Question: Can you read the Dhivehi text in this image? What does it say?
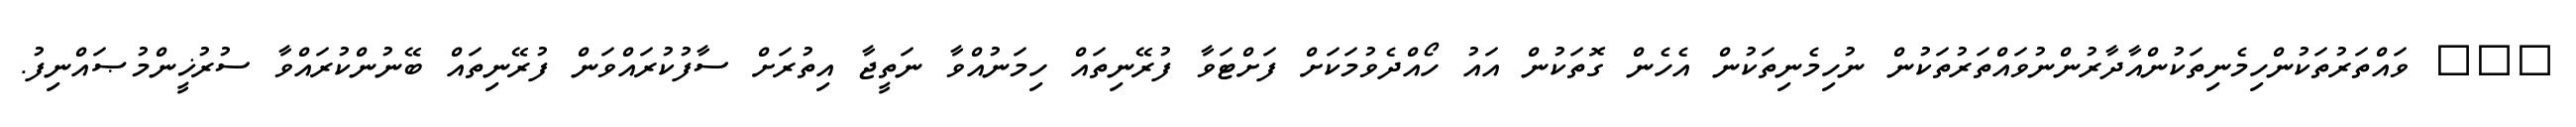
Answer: ??? ވައްތަރުތަކުންހިމެނިތަކުންއާދާރުންނުވައްތަރުތަކުން ނުހިމެނިތަކުން އެހެން ގޮތަކުން އައު ހޯއްދެވުމަކަށް ފަށްޓަވާ ފުރޭނިތައް ހިމަނުއްވާ ނަތީޖާ އިތުރަށް ސާފުކުރައްވަން ފުރޭނިތައް ބޭނުންކުރައްވާ ސުރުޚީންމުޞައްނިފު.